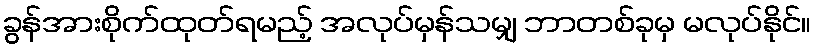
ခွန်အားစိုက်ထုတ်ရမည့် အလုပ်မှန်သမျှ ဘာတစ်ခုမှ မလုပ်နိုင်။